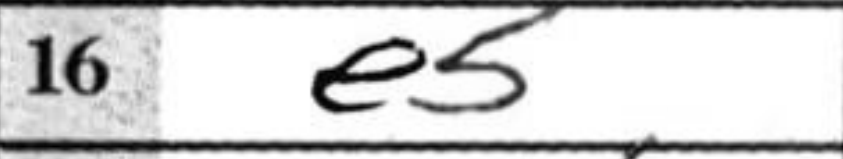
Transcription: e5